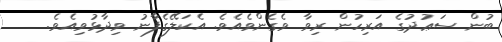
ބުން ސަޢުދުގެ އަރިހުން ރިވާ ވެގެންވެއެވެ. އެކަލޭގެފާނު ވިދާޅުވިއެވެ.